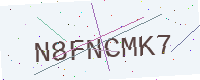
Text: N8FNCMK7